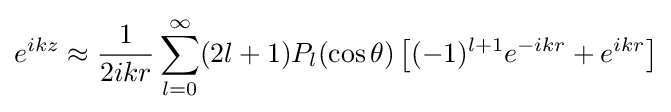
e^{ikz}\approx {\frac {1}{2ikr}}\sum _{l=0}^{\infty }(2l+1)P_{l}(\cos \theta )\left[(-1)^{l+1}e^{-ikr}+e^{ikr}\right]